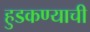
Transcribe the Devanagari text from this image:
हुडकण्याची